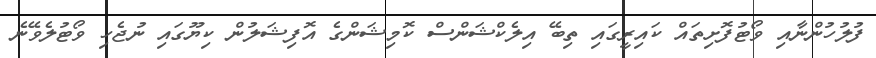
ފުލުހުންނާއި ވޯޓުފޮށިތައް ކައިރީގައި ތިބޭ އިލެކްޝަންސް ކޮމިޝަންގެ އޮފިޝަލުން ކިޔޫގައި ނުޖެހި ވޯޓުލެވޭނެ